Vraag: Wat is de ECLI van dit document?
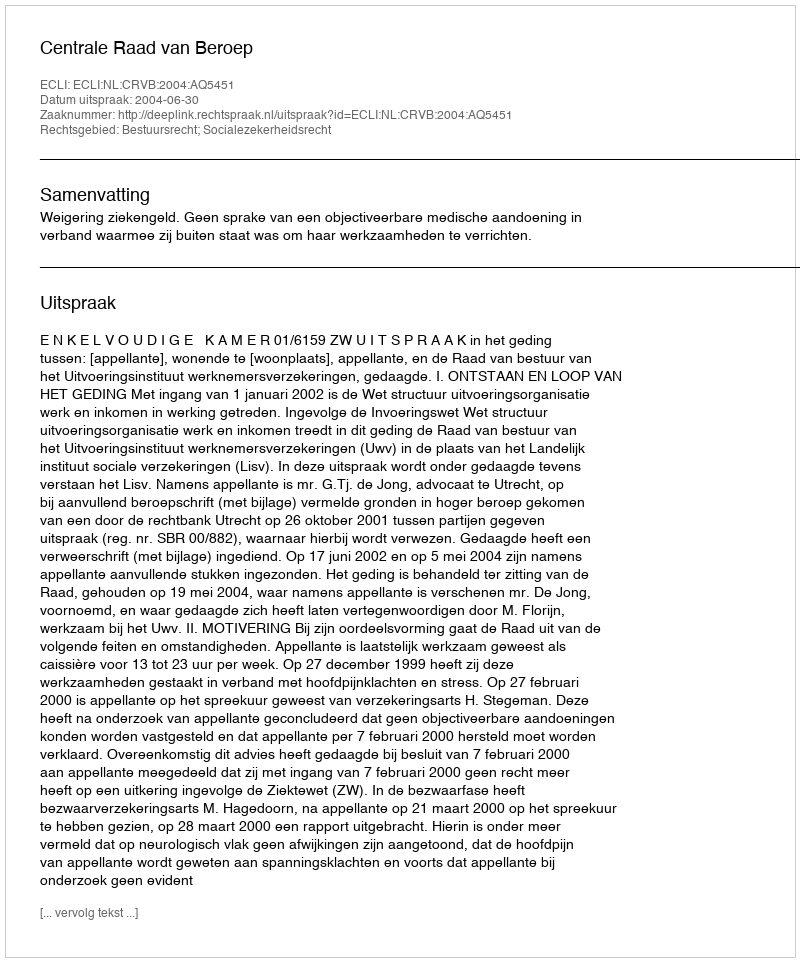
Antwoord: ECLI:NL:CRVB:2004:AQ5451